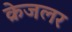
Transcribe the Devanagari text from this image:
क्रेजलर